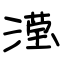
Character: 滢